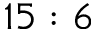
1 5 : 6